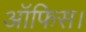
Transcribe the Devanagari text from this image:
आॅफिस।